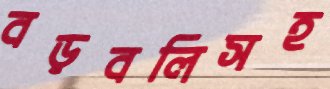
বড়বলিসহ